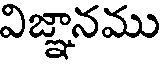
విజ్ఞానము